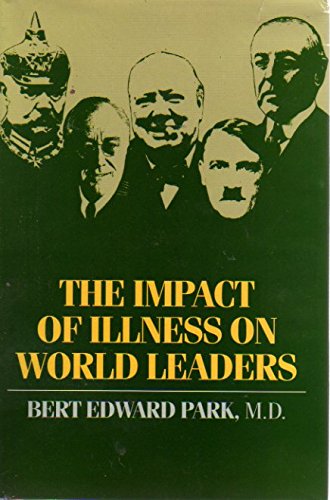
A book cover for The Impact of Illness on World Leaders; Bert Edward Park; Health, Fitness & Dieting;